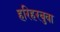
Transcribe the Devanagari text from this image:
हरिहरबुवा